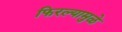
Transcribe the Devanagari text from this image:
फिरल्यामुळे